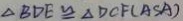
\Delta B D E \cong \Delta D C F ( A S A )